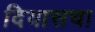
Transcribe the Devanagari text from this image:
दियासचा